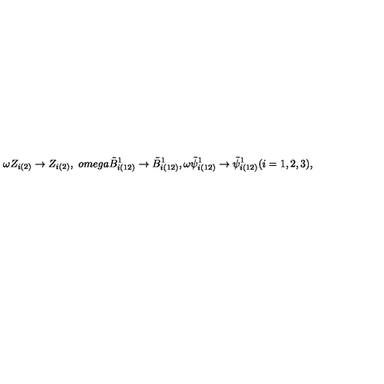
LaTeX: \omega Z _ { i ( 2 ) } \rightarrow Z _ { i ( 2 ) } , \ o m e g a \tilde { B } _ { i ( 1 2 ) } ^ { 1 } \rightarrow \tilde { B } _ { i ( 1 2 ) } ^ { 1 } , \omega \tilde { \psi } _ { i ( 1 2 ) } ^ { 1 } \rightarrow \tilde { \psi } _ { i ( 1 2 ) } ^ { 1 } ( i = 1 , 2 , 3 ) ,